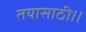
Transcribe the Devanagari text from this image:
तयासाठी।।